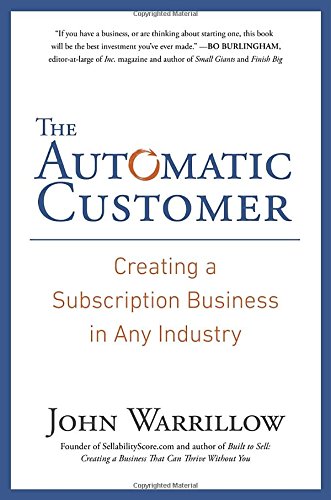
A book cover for The Automatic Customer: Creating a Subscription Business in Any Industry; John Warrillow; Business & Money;